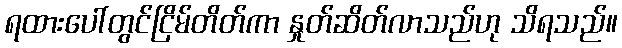
ရထားပေါ်တွင်ငြိမ်တိတ်ကာ နှုတ်ဆိတ်လာသည်ဟု သိရသည်။